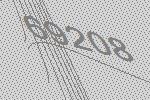
69208